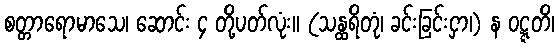
စတ္တာရောမာသေ၊ ဆောင်း ၄ တို့ပတ်လုံး။ (သန္ထရိတုံ၊ ခင်းခြင်းငှာ၊) န ဝဋ္ဋတိ၊